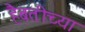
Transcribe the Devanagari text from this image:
हैबतीच्या